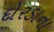
દોરડાના